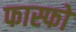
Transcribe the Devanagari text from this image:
फास्फो